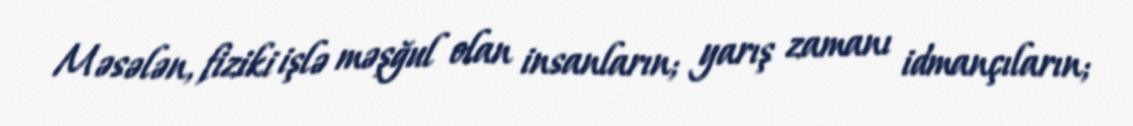
Məsələn, fiziki işlə məşğul olan insanların; yarış zamanı idmançıların;